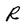
Character: R